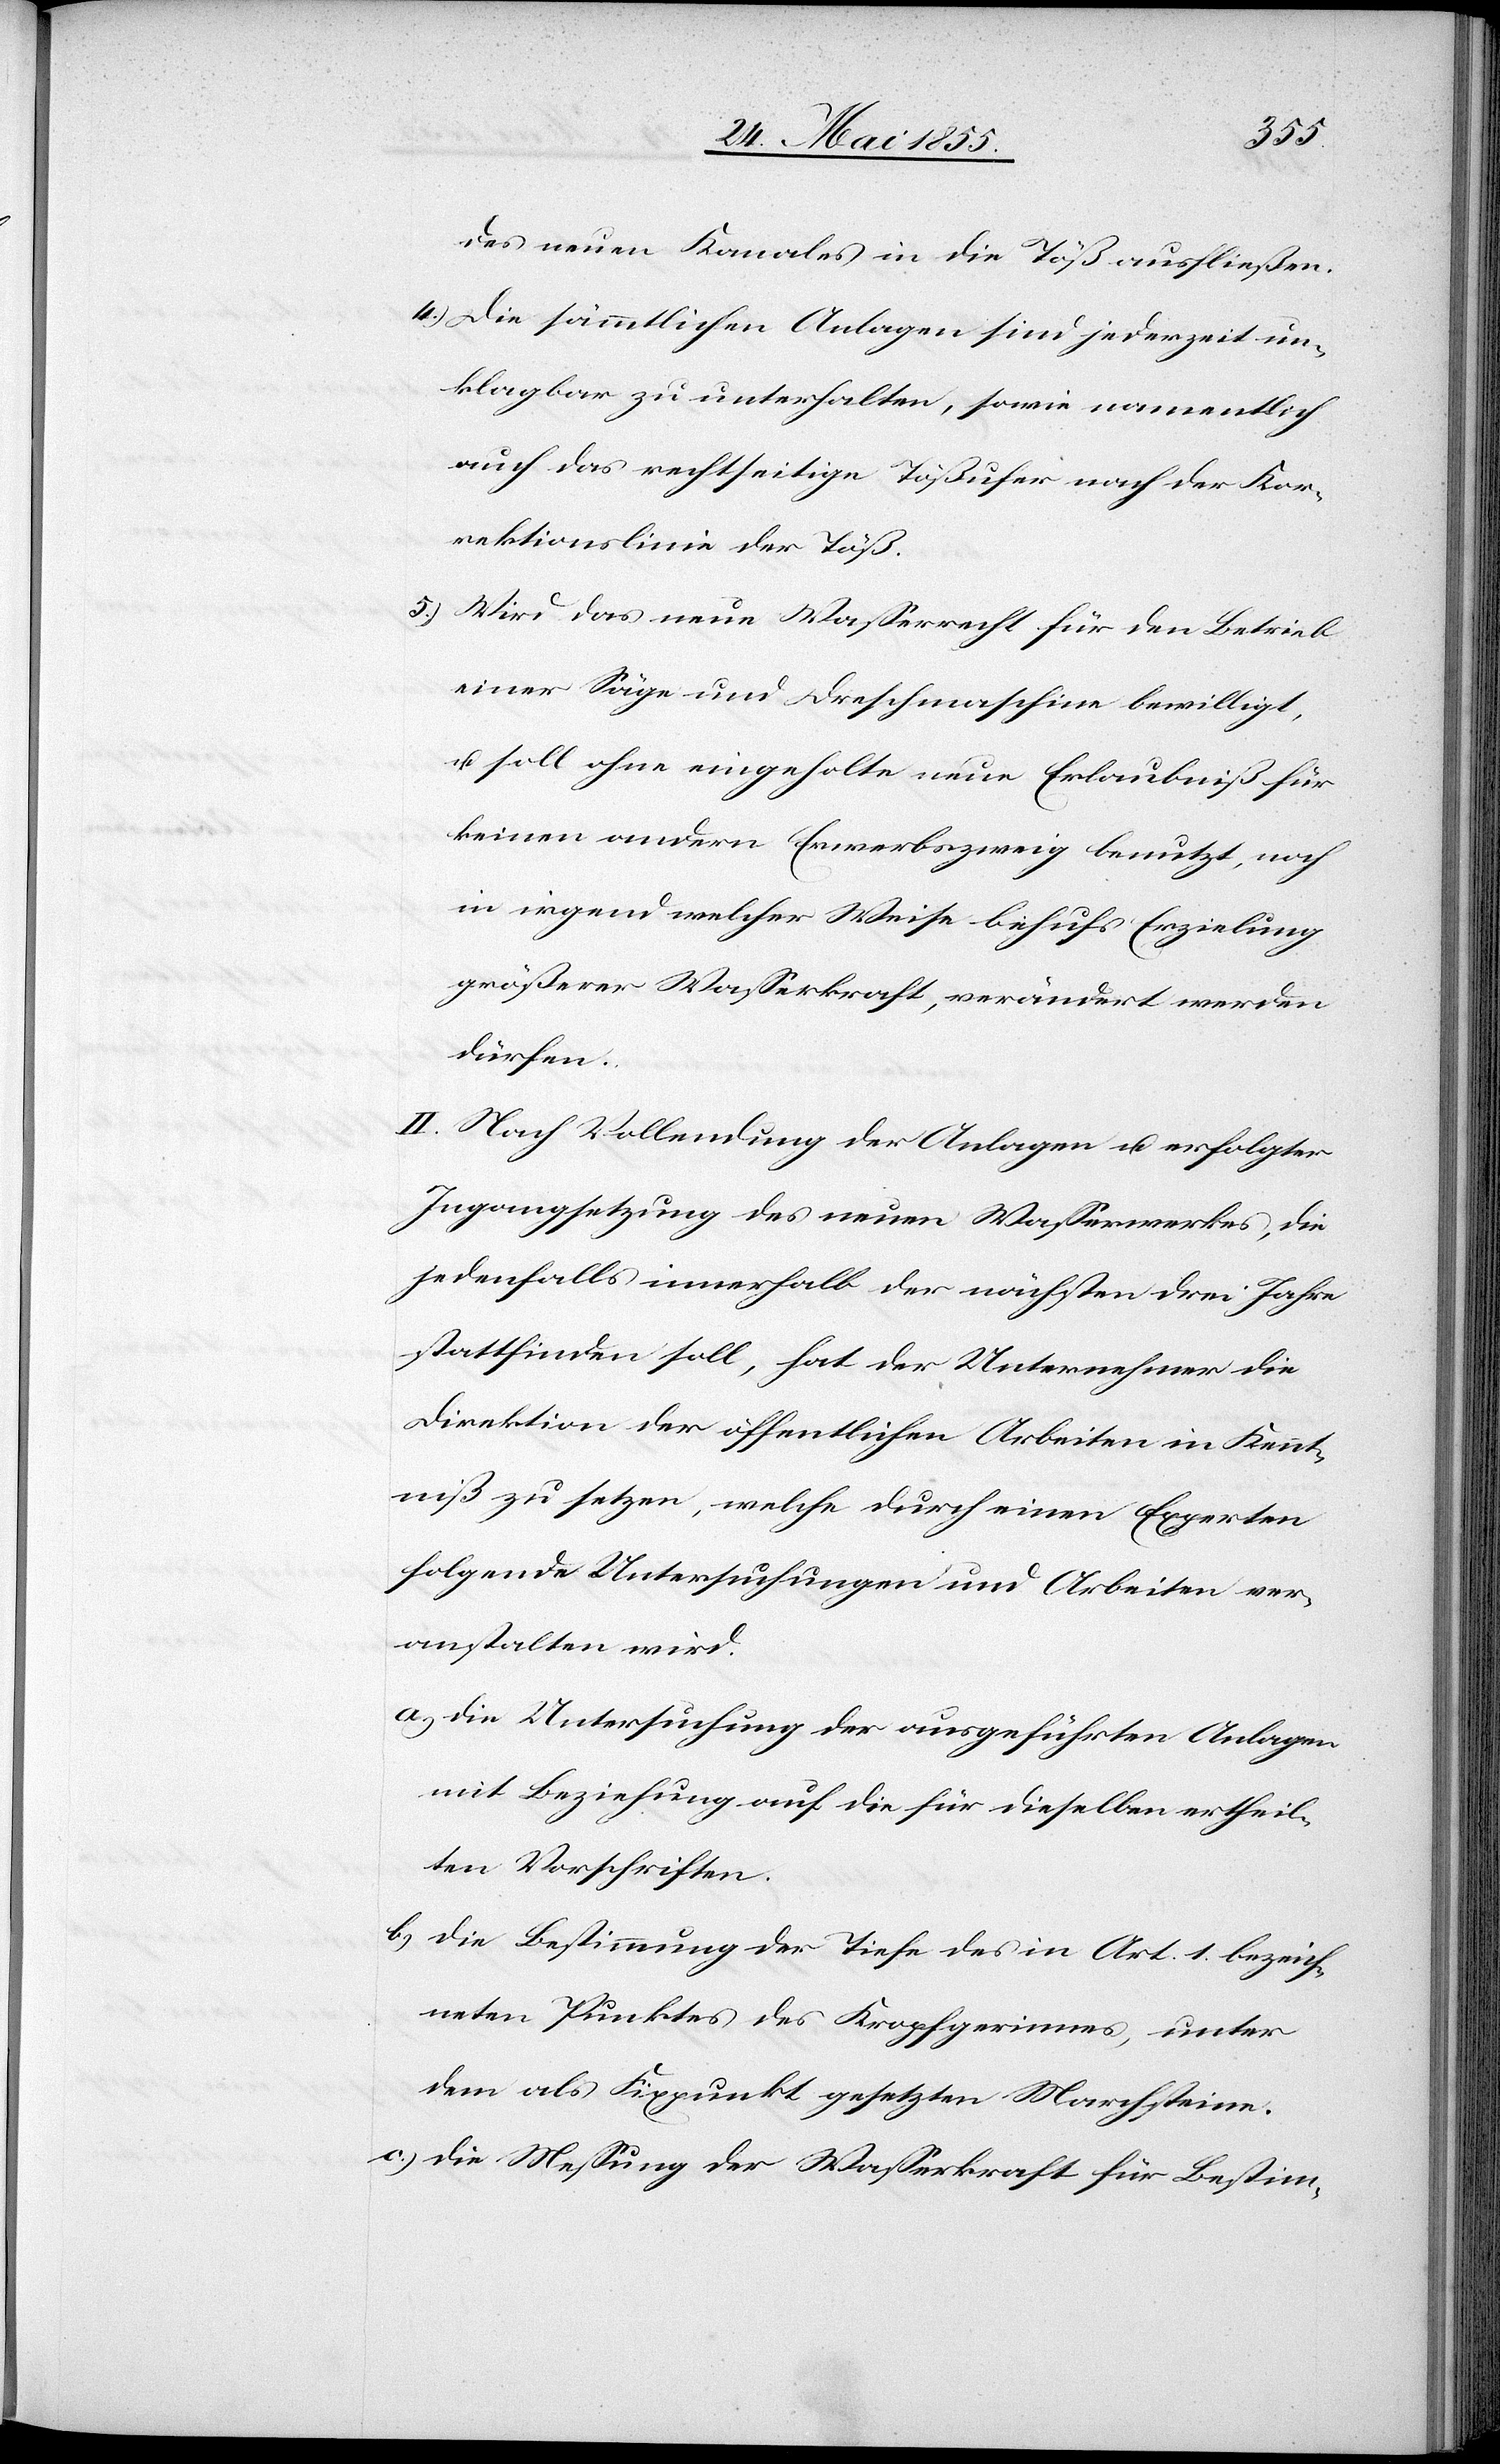
des neuen Kanales in die Töß ausfließen.
Die sämmtlichen Anlagen sind jederzeit un¬
klagbar zu unterhalten, sowie namentlich
auch das rechtseitige Tößufer nach der Kor¬
rektionslinie der Töß.
Wird das neue Wasserrecht für den Betrieb
einer Säge und Dreschmaschine bewilligt,
u. soll ohne eingeholte neue Erlaubniß für
keinen andern Erwerbszweig benutzt, noch
in irgend welcher Weise behufs Erzielung
größerer Wasserkraft, verändert werden
dürfen.
II. Nach Vollendung der Anlagen u. erfolgter
Ingangsetzung des neuen Wasserwerkes, die
jedenfalls innerhalb der nächsten drei Jahre
stattfinden soll, hat der Unternehmer die
Direktion der öffentlichen Arbeiten in Kennt¬
niß zu setzen, welche durch einen Experten
folgende Untersuchungen und Arbeiten ver¬
anstalten wird.
die Untersuchung der ausgeführten Anlagen
mit Beziehung auf die für dieselben ertheil¬
ten Vorschriften.
die Bestimmung der Tiefe des in Art. 1. bezeich¬
neten Punktes des Kropfgerinnes, unter
dem als Fixpunkt gesetzten Marchsteine.
die Messung der Wasserkraft für Bestim-